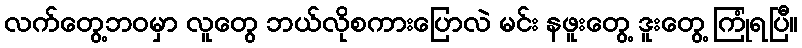
လက်တွေ့ဘဝမှာ လူတွေ ဘယ်လိုစကားပြောလဲ မင်း နဖူးတွေ့ ဒူးတွေ့ ကြုံရပြီ။